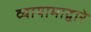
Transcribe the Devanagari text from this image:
व्यायामाद्वारे